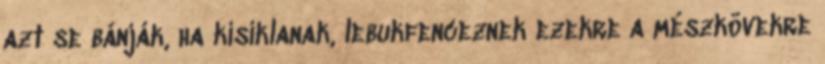
azt se bánják, ha kisiklanak, lebukfenceznek ezekre a mészkövekre